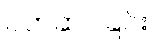
ဝတ်ဆင်ခြင်း